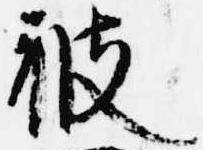
被